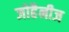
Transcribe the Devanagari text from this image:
जोहैनीज